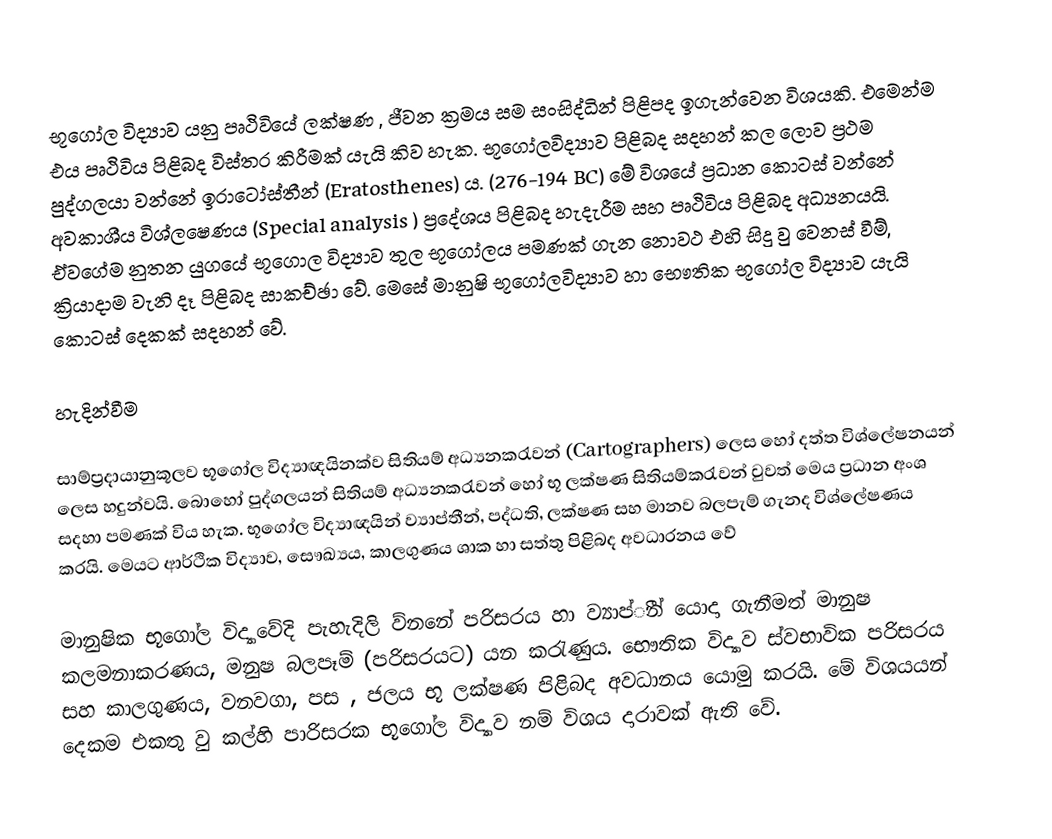
භූ‍‍ගෝල විද්‍යාව යනු පෘථිවියේ ලක්ෂණ , ජීවන ක්‍රමය සම සංසිද්ධින් පිළිපද ඉගැන්වෙන විශයකි. එමෙන්ම එය පෘථිවිය පිළිබද විස්තර කිරීමක් යැයි කිව හැක. භූගෝලවිද්‍යාව පිළිබද සදහන් කල ලොව ප්‍රථම පුද්ගලයා වන්නේ ඉ‍රාටෝස්තීන් (Eratosthenes) ය. (276-194 BC) මේ විශයේ ප්‍රධාන කොටස් වන්නේ අවකාශීය විශ්ලෂෙණය (Special analysis ) ප්‍රදේශය පිළිබද හැදැරීම සහ පෘථිවිය පිළිබද අධ්‍යනයයි. ඒවගේම නුතන යුගයේ භූගොල විද්‍යාව තුල භූගෝලය පමණක් ගැන නොවථ එහි සිදු වු වෙනස් වීම්, ක්‍රියාදාම වැනි දෑ පිළිබද සාකච්ඡා වේ. මෙසේ මානුෂි භූගෝලවිද්‍යාව හා භෞතික භූගෝල විද්‍යාව යැයි කොටස් දෙකක් සදහන් වේ.

හැදින්වීම

සාම්ප්‍රදායානුකූලව භූගෝල විද්‍යාඥයිනක්ව සිතියම් අධ්‍යනකරැවන් (Cartographers) ලෙස හෝ දත්ත විශ්ලේෂනයන් ලෙස හදුන්වයි. බොහෝ පුද්ගලයන් සිතියම් අධ්‍යනකරැවන් හෝ භූ ලක්ෂණ සිතියම්කරැවන් වුවත් මෙය ප්‍රධාන අංශ සදහා පමණක් විය හැක. භූගෝල විද්‍යාඥයින් ව්‍යාප්තීන්, පද්ධති, ලක්ෂණ සහ මානව බලපැම් ගැනද විශ්ලේෂණය කරයි. මෙයට ආර්ථික විද්‍යාව, සෞඛ්‍යය, කාලගුණය ශාක හා සත්තු පිළිබද අවධාරනය වේ

මානුෂික භූගෝල විද්‍යාවේදි පැහැදිලි ව්නනේ පරිසරය හා ව්‍යාප්ීන් යොදා ගැනීමත් මානුෂ කලමනාකරණය, මනුෂ බලපෑම් (පරිසරයට) යන කරැණුය. භෞතික විද්‍යාව ස්වභාවික පරිසරය සහ කාලගුණය, වනවගා, පස , ජලය භූ ලක්ෂණ පිළිබද අවධානය යොමු කරයි. මේ විශයයන් දෙකම එකතු වු කල්හි පාරිසරක භූගෝල විද්‍යාව නම් විශය දාරාවක් ඇති වේ.